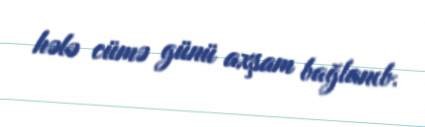
hələ cümə günü axşam bağlanıb.